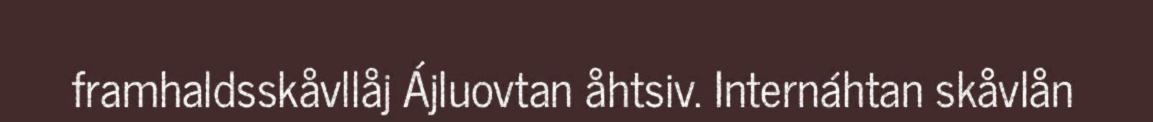
framhaldsskåvllåj Ájluovtan åhtsiv. Internáhtan skåvlån